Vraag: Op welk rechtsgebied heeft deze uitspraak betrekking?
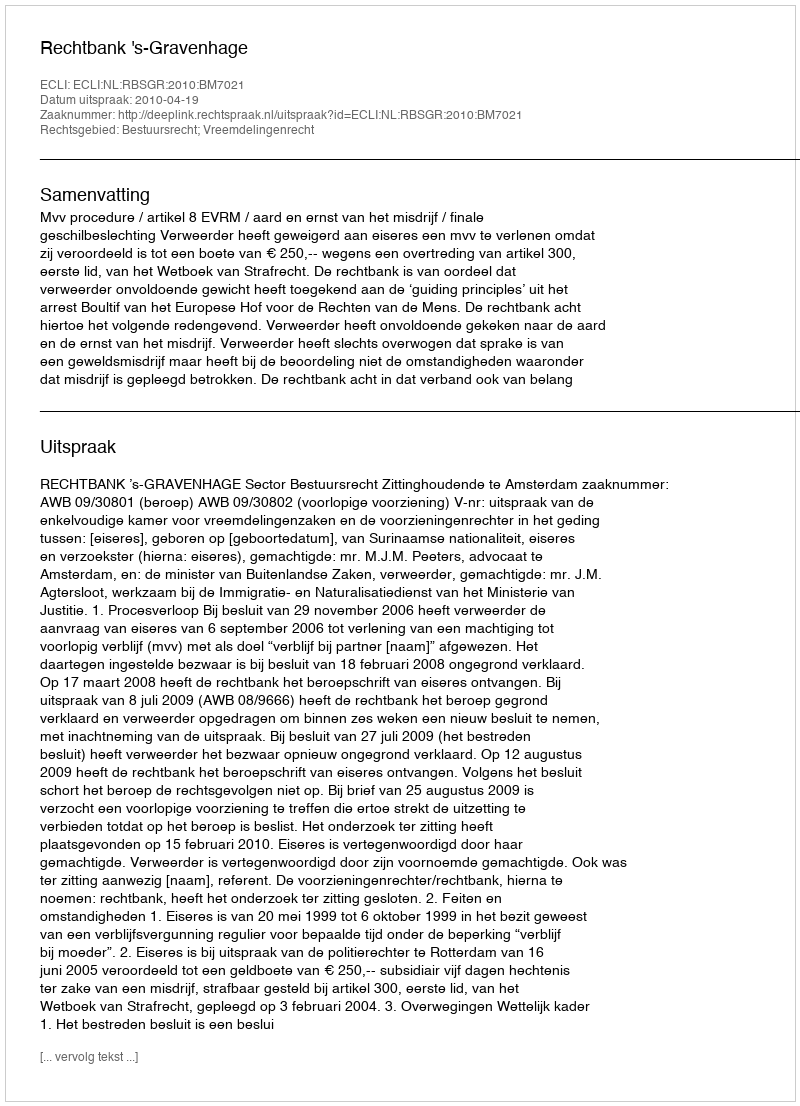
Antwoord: Bestuursrecht; Vreemdelingenrecht